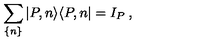
\sum _ { \{ n \} } | P , n \rangle \langle P , n | = I _ { P } \: ,